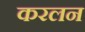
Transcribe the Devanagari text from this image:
करलन